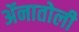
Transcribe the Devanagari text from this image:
ॲनातोली